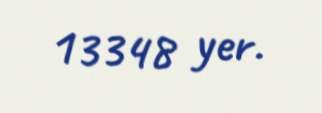
13348 yer.